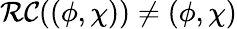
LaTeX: \mathcal{RC}((\phi,\chi))\neq(\phi,\chi)